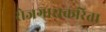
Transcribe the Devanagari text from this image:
रोजगाराकरिता